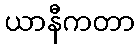
ယာနီကတာ